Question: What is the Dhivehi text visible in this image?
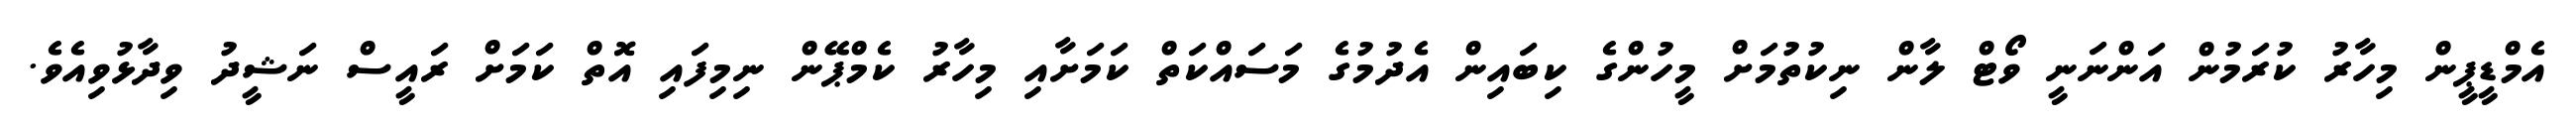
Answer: އެމްޑީޕީން މިހާރު ކުރަމުން އަންނަނީ ވޯޓް ލާން ނިކުތުމަށް މީހުންގެ ކިބައިން އެދުމުގެ މަސައްކަތް ކަމަށާއި މިހާރު ކެމްޕޭން ނިމިފައި އޮތް ކަމަށް ރައީސް ނަޝީދު ވިދާޅުވިއެވެ.